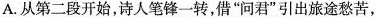
A.从第二段开始，诗人笔锋一转，借”问君”引出旅途愁苦，